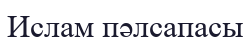
Ислам пәлсапасы